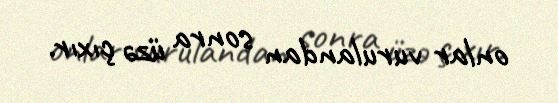
onlar vurulandan sonra üzə çıxır.